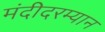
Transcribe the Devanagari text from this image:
मंदीदरम्यान